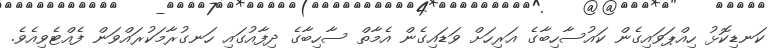
ކަނޑިކޮޅު ހިއްޕަވައިގެން ކައުސާހިބާގެ އަރިހަށް ވަޑައިގެން އެމާތް ސާހިބާގެ ދިފާއުގައި ހަނގުރާމަކުރައްވަން ފެއްޓެވިއެވެ.